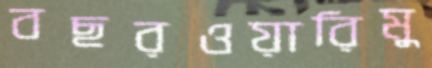
বছরওয়ারিমু